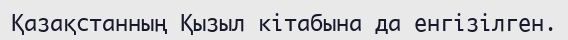
Қазақстанның Қызыл кітабына да енгізілген.